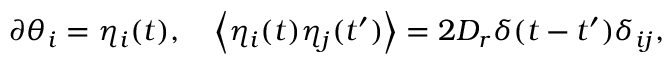
\begin{array} { r } { \partial \theta _ { i } = \eta _ { i } ( t ) , \quad \left\langle \eta _ { i } ( t ) \eta _ { j } ( t ^ { \prime } ) \right\rangle = 2 D _ { r } \delta ( t - t ^ { \prime } ) \delta _ { i j } , } \end{array}